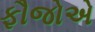
ફૌજોએ